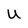
Character: U